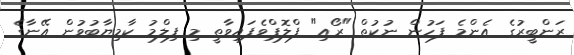
ރަންބީރުގެ އެންމެ ފަހުން ނުކުތް "ރޯއި" ފްލޮޕްވެފައިވާތީ މި ފިލްމު ކާމިޔާބުވުން އޭނާގެ